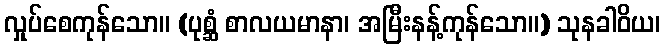
လှုပ်စေကုန်သော။ (ပုစ္ဆံ စာလယမာနာ၊ အမြီးနန့်ကုန်သော။) သုနခါဝိယ၊